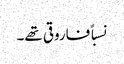
نسباً فاروقی تھے۔